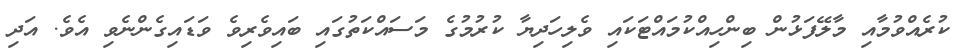
ކުރެއްވުމާއި މާލޭފަޅުން ބިންހިއްކުމައްޓަކައި ވެލިހަދިޔާ ކުރުމުގެ މަސައްކަތުގައި ބައިވެރިވެ ވަޑައިގެންނެވި އެވެ. އަދި